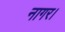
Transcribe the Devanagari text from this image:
नागर।